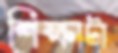
শিক্ষাটা